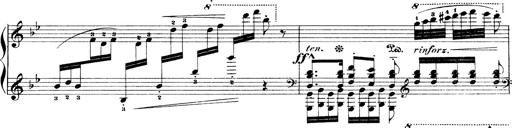
Title: Illustrations de l'opÃ©ra L'Africaine
Composer: Franz Liszt